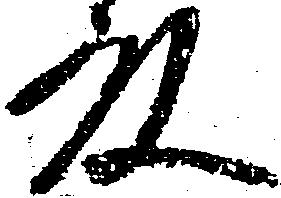
殿